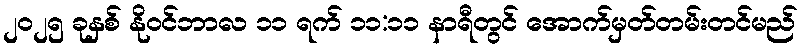
၂၀၂၅ ခုနှစ် နိုဝင်ဘာလ ၁၁ ရက် ၁၁:၁၁ နာရီတွင် အောက်မှတ်တမ်းတင်မည်